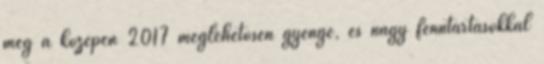
még a közepén 2017 meglehetősen gyenge, és nagy fenntartásokkal